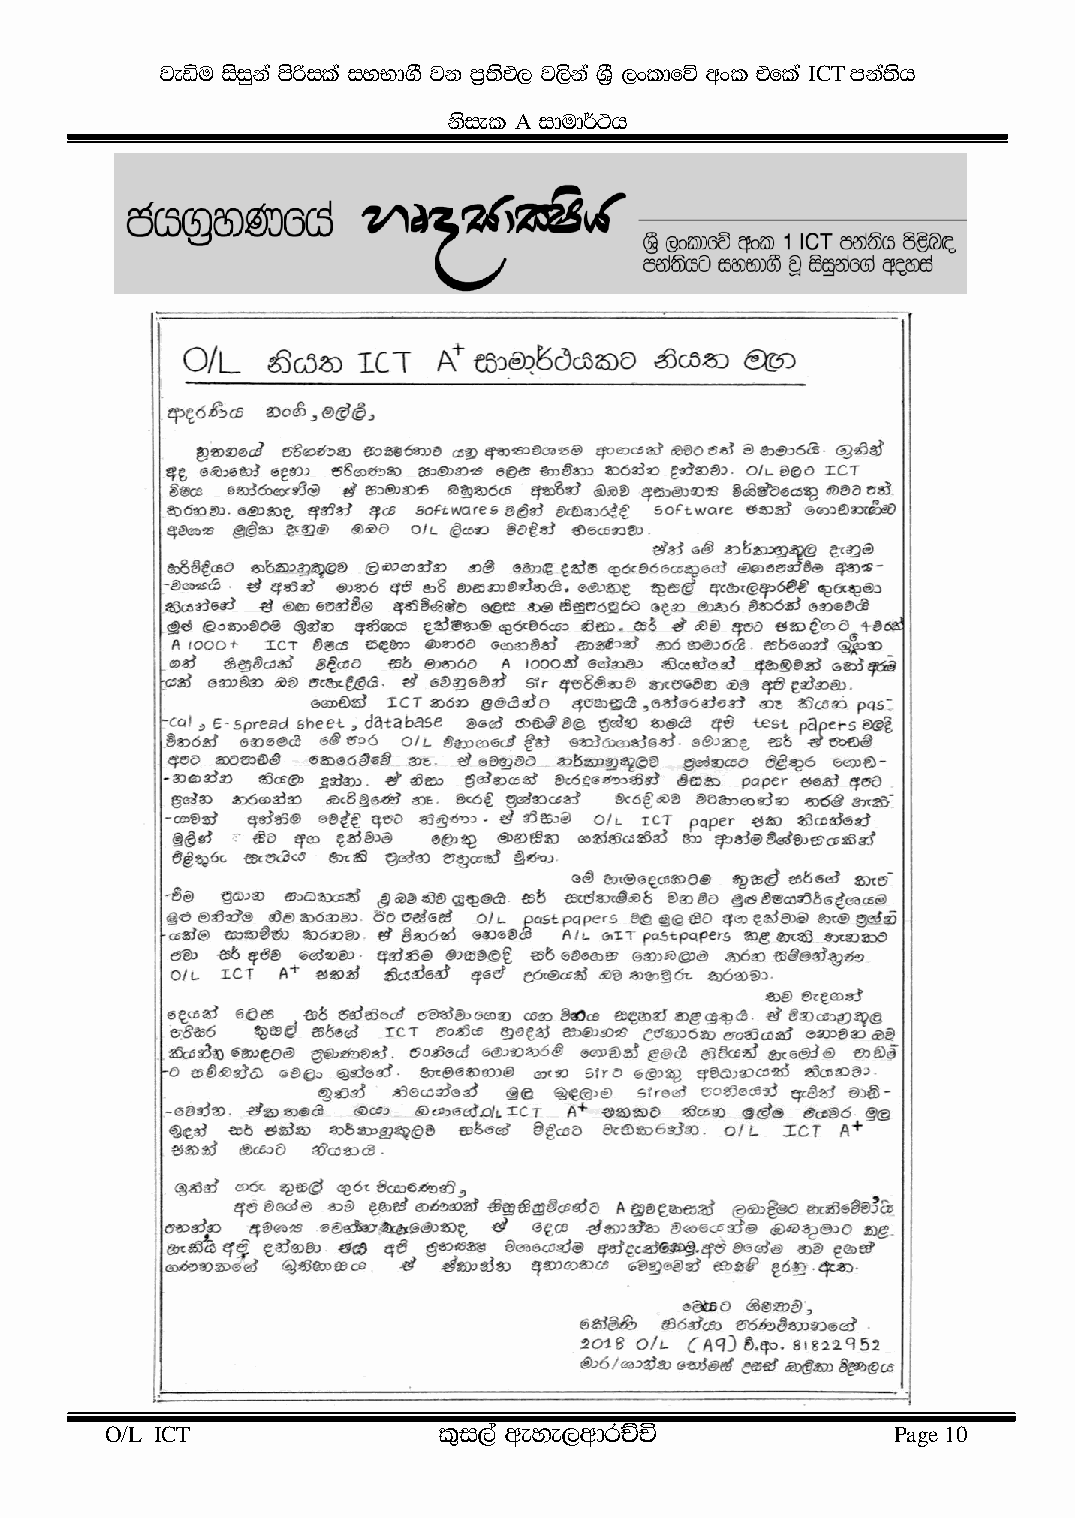
jeäu isiqk a mßs ila iyNd.S jk m%;sM, j,sk a Y%S ,xldfõ wxl tfla ICT mka;sh
 kis el A idud¾:h
 O/L ICT               l=i,a weye,wdrÉÑ              Page 10